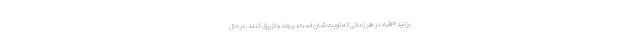
بزنید «افراد در هر زمانی که نوبت شان است، بروند و تزریق کنند. در حال